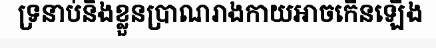
ទ្រនាប់និងខ្លួនប្រាណរាងកាយអាចកើនឡើង